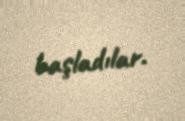
başladılar.